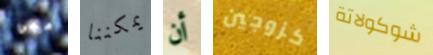
ميمي يمكننا أن كزوجين شوكولاتة